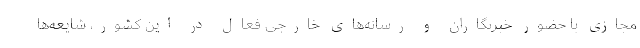
مجازی با حضور خبرنگاران و رسانه‌های خارجی فعال در این کشور، شایعه‌ها